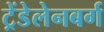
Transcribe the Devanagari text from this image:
ट्रेंडेलेनबर्ग